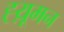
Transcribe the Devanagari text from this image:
ह्य़ूमन